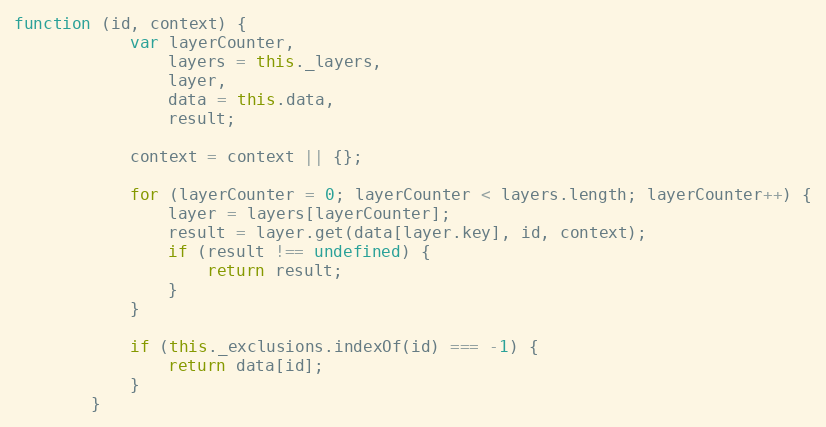
Language: JavaScript
function (id, context) {
            var layerCounter,
                layers = this._layers,
                layer,
                data = this.data,
                result;

            context = context || {};

            for (layerCounter = 0; layerCounter < layers.length; layerCounter++) {
                layer = layers[layerCounter];
                result = layer.get(data[layer.key], id, context);
                if (result !== undefined) {
                    return result;
                }
            }

            if (this._exclusions.indexOf(id) === -1) {
                return data[id];
            }
        }